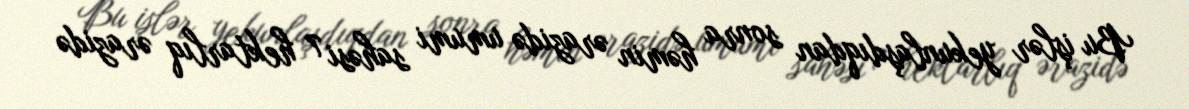
Bu işlər yekunlaşdıqdan sonra həmin ərazidə umumi sahəsi 7 hektarlıq ərazidə